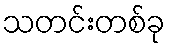
သတင်းတစ်ခု